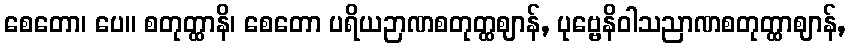
စေတော၊ ပေ။ စတုတ္ထာနိ၊ စေတော ပရိယဉာဏစတုတ္ထဈာန်, ပုဗ္ဗေနိဝါသညာဏစတုတ္ထာဈာန်,